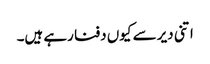
اتنی دیر سے کیوں دفنا رہے ہیں۔